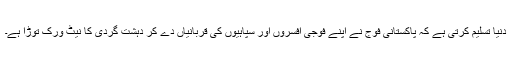
دنیا تسلیم کرتی ہے کہ پاکستانی فوج نے اپنے فوجی افسروں اور سپاہیوں کی قربانیاں دے کر دہشت گردی کا نیٹ ورک توڑا ہے۔